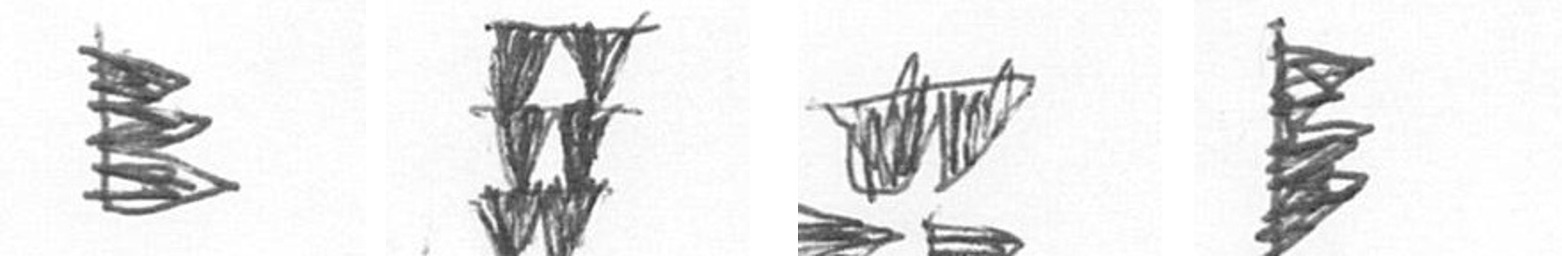
H Y B H